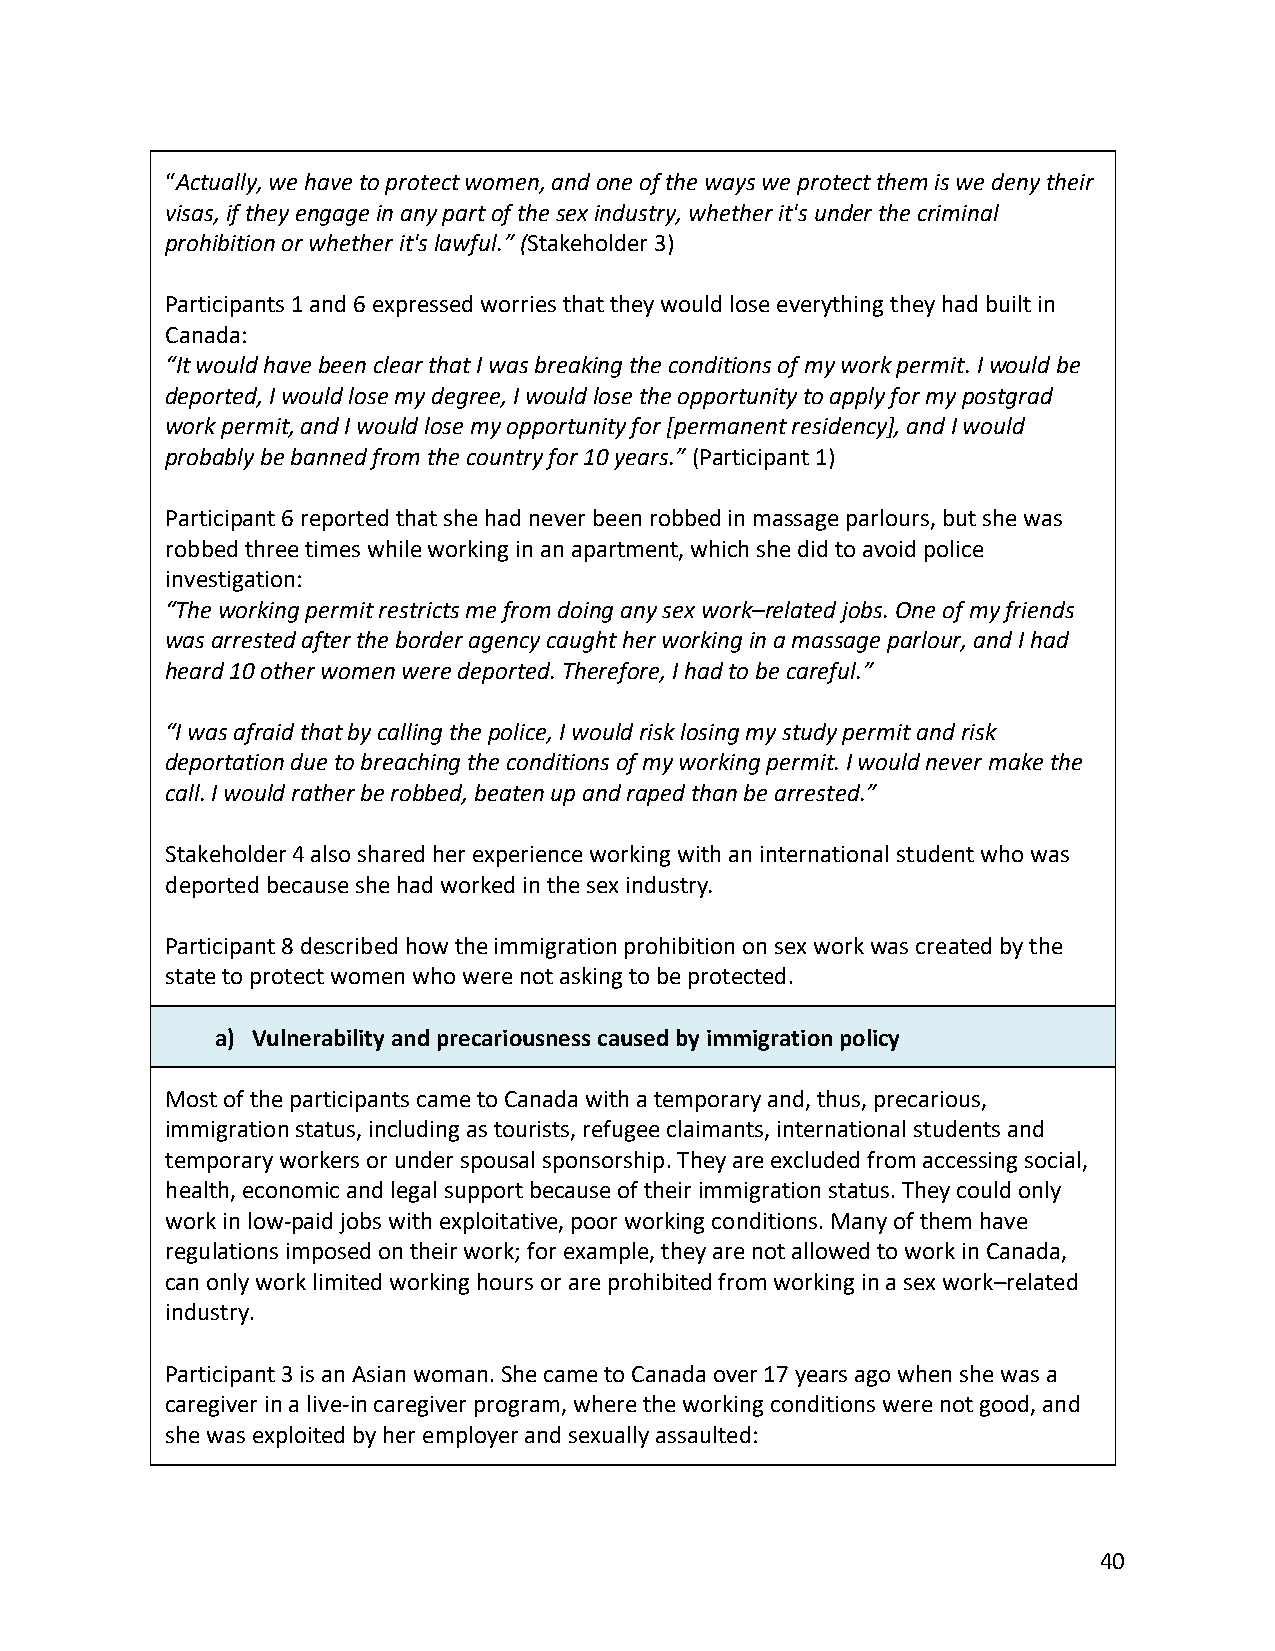
“Actually, we have to protect women, and one of the ways we protect them is we deny their
 visas, if they engage in any part of the sex industry, whether it's under the criminal
 prohibition or whether it's lawful.” (Stakeholder 3)
 Participants 1 and 6 expressed worries that they would lose everything they had built in
 Canada:
 “It would have been clear that I was breaking the conditions of my work permit. I would be
 deported, I would lose my degree, I would lose the opportunity to apply for my postgrad
 work permit, and I would lose my opportunity for [permanent residency], and I would
 probably be banned from the country for 10 years.” (Participant 1)
 Participant 6 reported that she had never been robbed in massage parlours, but she was
 robbed three times while working in an apartment, which she did to avoid police
 investigation:
 “The working permit restricts me from doing any sex work–related jobs. One of my friends
 was arrested after the border agency caught her working in a massage parlour, and I had
 heard 10 other women were deported. Therefore, I had to be careful.”
 “I was afraid that by calling the police, I would risk losing my study permit and risk
 deportation due to breaching the conditions of my working permit. I would never make the
 call. I would rather be robbed, beaten up and raped than be arrested.”
 Stakeholder 4 also shared her experience working with an international student who was
 deported because she had worked in the sex industry.
 Participant 8 described how the immigration prohibition on sex work was created by the
 state to protect women who were not asking to be protected.
 a) Vulnerability and precariousness caused by immigration policy
 Most of the participants came to Canada with a temporary and, thus, precarious,
 immigration status, including as tourists, refugee claimants, international students and
 temporary workers or under spousal sponsorship. They are excluded from accessing social,
 health, economic and legal support because of their immigration status. They could only
 work in low-paid jobs with exploitative, poor working conditions. Many of them have
 regulations imposed on their work; for example, they are not allowed to work in Canada,
 can only work limited working hours or are prohibited from working in a sex work–related
 industry.
 Participant 3 is an Asian woman. She came to Canada over 17 years ago when she was a
 caregiver in a live-in caregiver program, where the working conditions were not good, and
 she was exploited by her employer and sexually assaulted:
 40